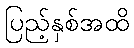
ပြည့်နှစ်အထိ